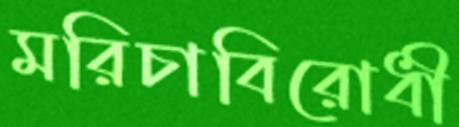
মরিচাবিরোধী